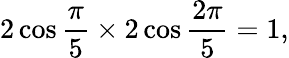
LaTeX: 2\cos{\frac{\pi}{5}}\times 2\cos{\frac{2\pi}{5}}=1,